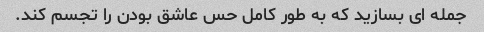
جمله ای بسازید که به طور کامل حس عاشق بودن را تجسم کند.